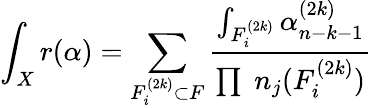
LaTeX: \int_{X}r(\alpha)=\sum_{F_{i}^{(2k)}\subset F}\frac{\int_{F_{i}^{(2k)}}\alpha_{n-k-1}^{(2k)}}{\prod\; n_{j}(F_{i}^{(2k)})}